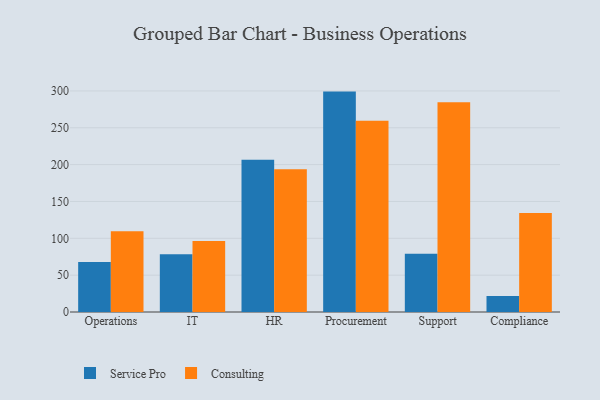
{"axis": {"x": "Department", "y": "Temperature (°C)"}, "legend": ["Consulting", "Service Pro"], "data": [{"x": "Operations", "y": 67.7, "type": "Service Pro"}, {"x": "Operations", "y": 109.6, "type": "Consulting"}, {"x": "IT", "y": 78.3, "type": "Service Pro"}, {"x": "IT", "y": 96.4, "type": "Consulting"}, {"x": "HR", "y": 206.6, "type": "Service Pro"}, {"x": "HR", "y": 193.6, "type": "Consulting"}, {"x": "Procurement", "y": 299.1, "type": "Service Pro"}, {"x": "Procurement", "y": 259.7, "type": "Consulting"}, {"x": "Support", "y": 79.1, "type": "Service Pro"}, {"x": "Support", "y": 284.5, "type": "Consulting"}, {"x": "Compliance", "y": 21.6, "type": "Service Pro"}, {"x": "Compliance", "y": 134.5, "type": "Consulting"}]}